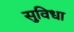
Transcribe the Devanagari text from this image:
सुविधा